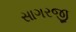
સાગરજી